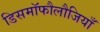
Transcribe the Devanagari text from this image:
डिसमॉफौलौजियाँ